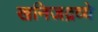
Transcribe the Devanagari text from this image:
खनिजद्रव्ये